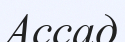
Ассад